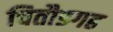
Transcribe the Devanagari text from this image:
चितौडगढ